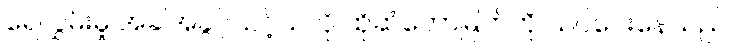
ရေလွှမ်းမှု အခါအခွင့်သင့်သလို ထိုဆံတော်မြတ်ကို သင်ပေးနေသည်